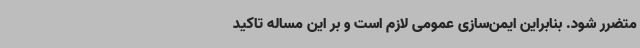
متضرر شود. بنابراین ایمن‌سازی عمومی لازم است و بر این مساله تاکید